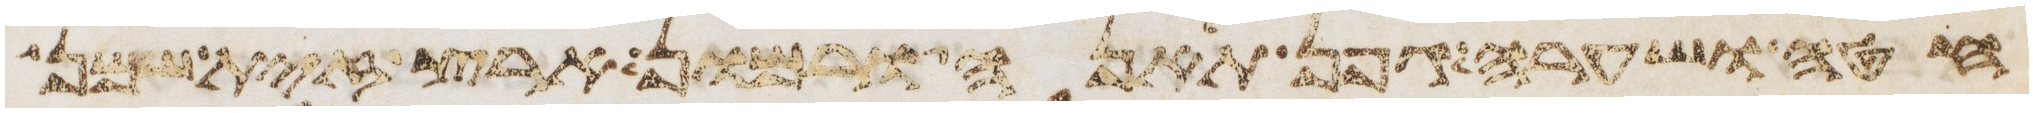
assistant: חטה ושערה גפן תאנה ורמון ארץ זית שמן